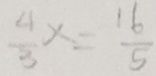
\frac { 4 } { 3 } x = \frac { 1 6 } { 5 }